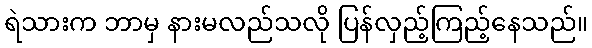
ရဲသားက ဘာမှ နားမလည်သလို ပြန်လှည့်ကြည့်နေသည်။